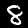
Label: 8